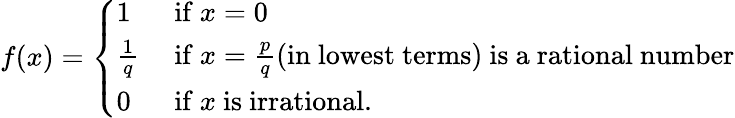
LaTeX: f(x)={\left\{ \begin{array}{ll}{1}&{{\mathrm{~if~}}x=0}\\ {{\frac{1}{q}}}&{{\mathrm{~if~}}x={\frac{p}{q}}{\mathrm{(in~lowest~terms)~is~a~rational~number}}}\\ {0}&{{\mathrm{~if~}}x{\mathrm{~is~irrational}}.}\end{array}\right.}